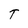
Character: T